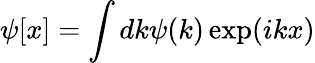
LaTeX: \psi[x]=\int dk\psi(k)\exp(ikx)